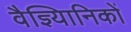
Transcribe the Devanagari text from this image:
वैज्ञ्यिानिकों